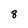
Character: 8